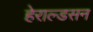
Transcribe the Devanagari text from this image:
हेराल्डसन